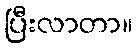
ပြီးလာတာ။